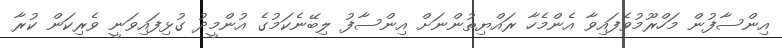
އިންސާފުން މަހްރޫމުވެފައިވާ އެންމެހާ ރައްޔިތުންނަށް އިންސާފު ލިބޭނެކަމުގެ އުންމީދު ގުޅިފައިވަނީ ވެރިކަން ކުރާ